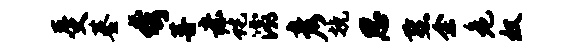
受基夸菩赤蛇灞彦挽思燕余危奴